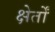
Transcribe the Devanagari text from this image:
क्षेर्तों